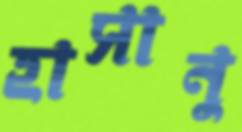
হাসানু